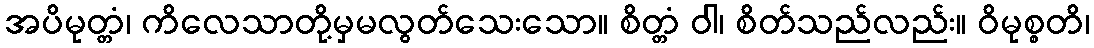
အပိမုတ္တံ၊ ကိလေသာတို့မှမလွတ်သေးသော။ စိတ္တံ ဝါ၊ စိတ်သည်လည်း။ ဝိမုစ္စတိ၊